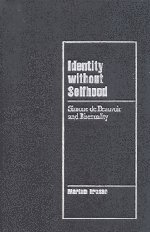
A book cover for Identity without Selfhood: Simone de Beauvoir and Bisexuality (Cambridge Cultural Social Studies); Mariam Fraser; Gay & Lesbian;